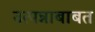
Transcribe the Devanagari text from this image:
उत्पन्नाबाबत